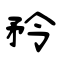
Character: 矝